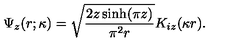
\Psi _ { z } ( r ; \kappa ) = \sqrt { \frac { 2 z \sinh ( \pi z ) } { \pi ^ { 2 } r } } K _ { i z } ( \kappa r ) .